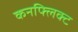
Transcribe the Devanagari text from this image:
कनफ्लिक्ट